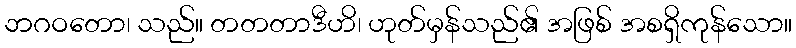
ဘဂဝတော၊ သည်။ တတတာဒီဟိ၊ ဟုတ်မှန်သည်၏ အဖြစ် အစရှိကုန်သော။